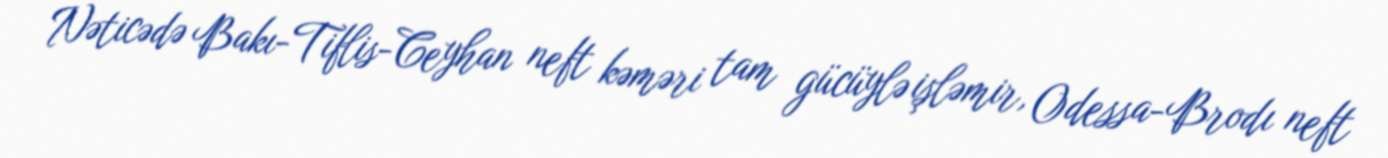
Nəticədə Bakı-Tiflis-Ceyhan neft kəməri tam gücüylə işləmir, Odessa-Brodı neft